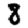
Digit: 8